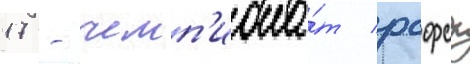
17 - чемп'иона́т рсфср